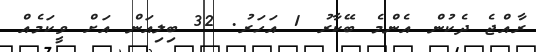
ރާއްޖެ ދެކުން އެންމެ ބޭކާރު 1 އަހަަރު. 32 ބިލިއަން އަށް ވީކަމެއް